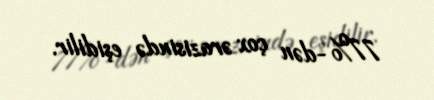
77%-dən çox ərazisində eşidilir.